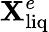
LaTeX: \mathbf{X}_{\mathrm{{liq}}}^{e}